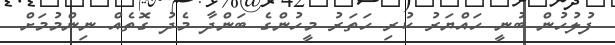
ފުލުހުން ބުނީ ހައްޔަރު ކުރި ހަތަރު މީހުންގެ ބަންދާ މެދު ގޮތެއް ނިންމުމަށް